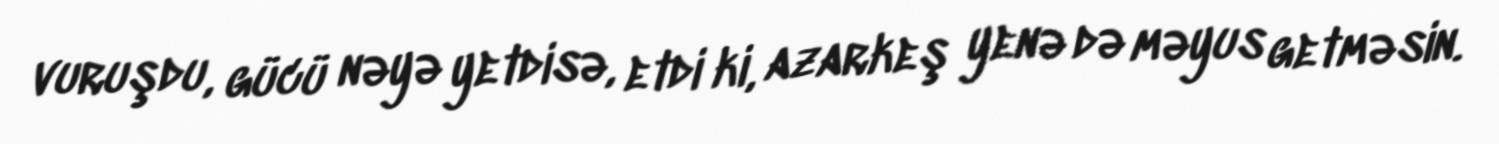
vuruşdu, gücü nəyə yetdisə, etdi ki, azarkeş yenə də məyus getməsin.